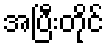
အပြီးတိုင်